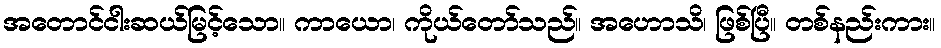
အတောင်ငါးဆယ်မြင့်သော။ ကာယော၊ ကိုယ်တော်သည်။ အဟောသိ၊ ဖြစ်ပြီ။ တစ်နည်းကား။